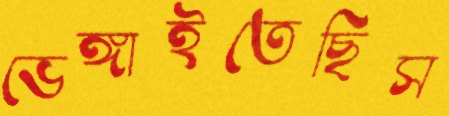
ভেঙ্গাইতেছিস